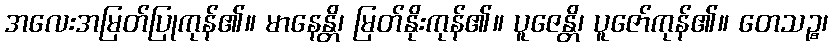
အလေးအမြတ်ပြုကုန်၏။ မာနေန္တိ၊ မြတ်နိုးကုန်၏။ ပူဇေန္တိ၊ ပူဇော်ကုန်၏။ တေသဉ္စ၊